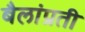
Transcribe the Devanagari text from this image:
बैलांप्रती